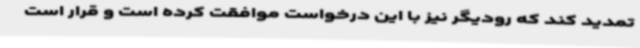
تمدید کند که رودیگر نیز با این درخواست موافقت کرده است و قرار است